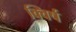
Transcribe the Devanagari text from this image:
क्विर्ष